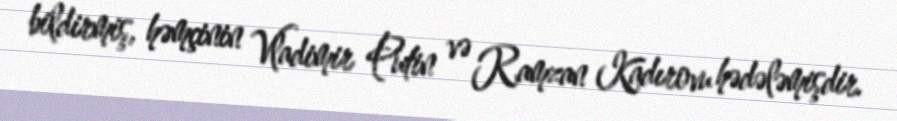
bildirmiş, həmçinin Vladimir Putin və Ramzan Kadırovu hədələmişdir.